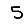
Digit: 5